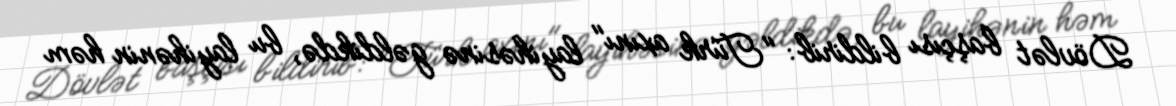
Dövlət başçısı bildirib: "Türk axını" layihəsinə gəldikdə, bu layihənin həm